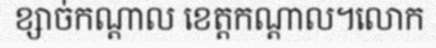
ខ្សាច់កណ្តាល ខេត្តកណ្តាល។លោក